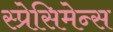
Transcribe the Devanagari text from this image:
स्प्रेसिमेन्स